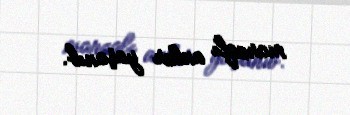
maraqlı anlar yaşanıb.